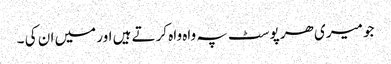
جو میری ھر پوسٹ پہ واہ واہ کرتے ہیں اور میں ان کی ۔